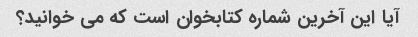
آیا این آخرین شماره کتابخوان است که می خوانید؟